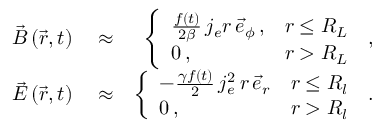
\begin{array} { r l r } { \vec { B } \left( \vec { r } , t \right) } & { { } \approx } & { \left\{ \begin{array} { l l } { \frac { f ( t ) } { 2 \beta } \, j _ { e } r \, \vec { e } _ { \phi } \, , } & { r \le R _ { L } } \\ { 0 \, , } & { r > R _ { L } } \end{array} \right. \, , } \\ { \vec { E } \left( \vec { r } , t \right) } & { { } \approx } & { \left\{ \begin{array} { l l } { - \frac { \gamma f ( t ) } { 2 } \, j _ { e } ^ { 2 } \, r \, \vec { e } _ { r } } & { r \le R _ { l } } \\ { 0 \, , } & { r > R _ { l } } \end{array} \right. \, . } \end{array}